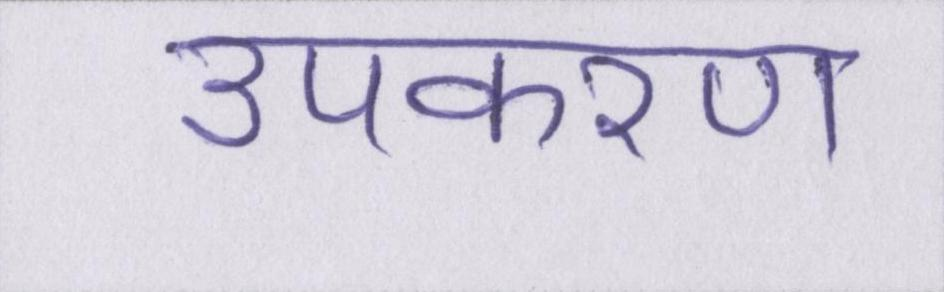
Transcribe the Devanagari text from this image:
उपकरण